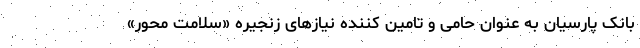
بانک پارسیان به عنوان حامی و تامین کننده نیازهای زنجیره «سلامت محور»